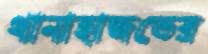
থানাহাজতের